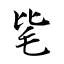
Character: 毞